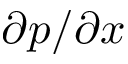
\partial p / \partial x